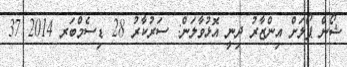
ޝޯން ޕޯލަށް އިންޒާރު ދިނީ އޮޅުވާލަން: ސަރުކާރު 28 ޑިސެމްބަރ 2014 37